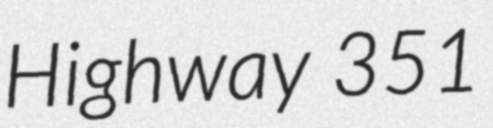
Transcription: Highway 351